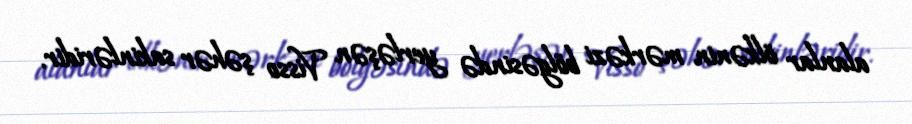
alanlar ölkənin mərkəzi bölgəsində yerləşən Visso şəhər sakinləridir.